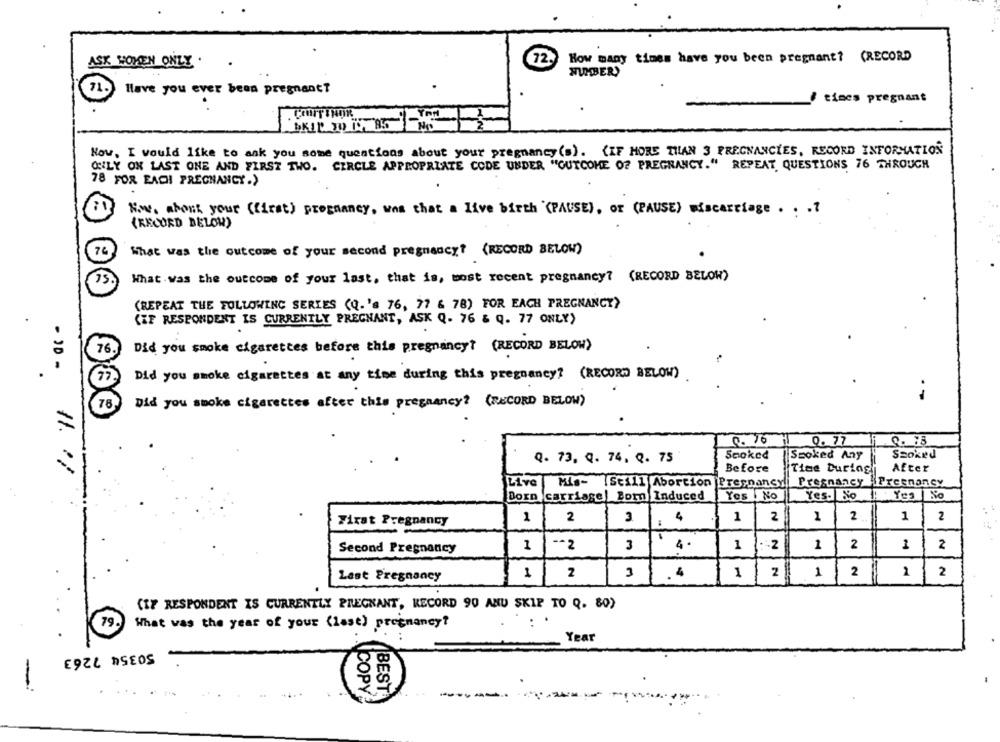
How many times have you been pregnant? (RECORD
ASK WOMEN ONLY .
72.
NUMBER)
71.
Have you ever been pregnant?
/ times pregnant
. Courr $ HOR
Nov. I would like to ask you some questions about your pregnancy (s). {IF MORE THAN 3 PREGNANCIES, RECORD INFORMATION
OILY ON LAST ONE AND FIRST TWO. CERCLE APPROPRIATE CODE UNDER "OUTCOME OF PREGNANCY." REPEAT QUESTIONS 76 THROUGH
78 FOR EACH PREGNANCY.)
Now. about your (first) pregnancy, was that a live birth (PAUSE), or (PAUSE) miscarriage . . .?
(RECORD BELOW)
74
What was the outcome of your second pregnancy? (RECORD BELOW)
What was the outcome of your last, that is, most recent pregnancy? (RECORD BELOW)
(REPEAT THE FOLLOWING SERIES (Q. 's 76, 77 & 78) FOR EACH PREGNANCY>
.
(IF RESPONDENT IS CURRENTLY PREGNANT, ASK Q- 76 & Q. 77 ONLY)
76
Did you smoke cigarettes before this pregnancy? (RECORD BELOW)
Did you smoke cigarettes at any time during this pregnancy? (RECORD BELOW)
76
Did you smoke cigarettes after this pregnancy? (RECORD BELOW)
0.16
0. 77
Q. 73, Q. 74, Q. 75
Sooked
Smoked Any
Szoked
Before
After
11.
Time During
Live
Pregnancy Preenancy
Mis- IStill Abortion |Pregnancy
Dorn carriage| Born Induced
Yes ! No
Yes. No
Yes No
1
2
3
4
1
2
1
2
1
2
First Pregnancy
Second Pregnancy
1
-- 2
3
1 :2
1
2
1
2
2
1
Last Pregnancy
1
2
3
. 4
1
2 1
1
2
(IZ RESPONDENT IS CURRENTLY PREGNANT, RECORD 90 ANU SKIP TO Q. 80)
79.
What was the year of your (last) pregnancy?
Year
50354 7263
-
. . UCOPY
&BEST